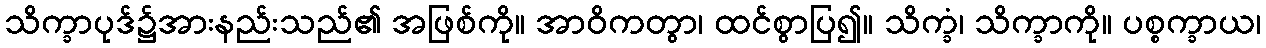
သိက္ခာပုဒ်၌အားနည်းသည်၏ အဖြစ်ကို။ အာဝိကတွာ၊ ထင်စွာပြ၍။ သိက္ခံ၊ သိက္ခာကို။ ပစ္စက္ခာယ၊